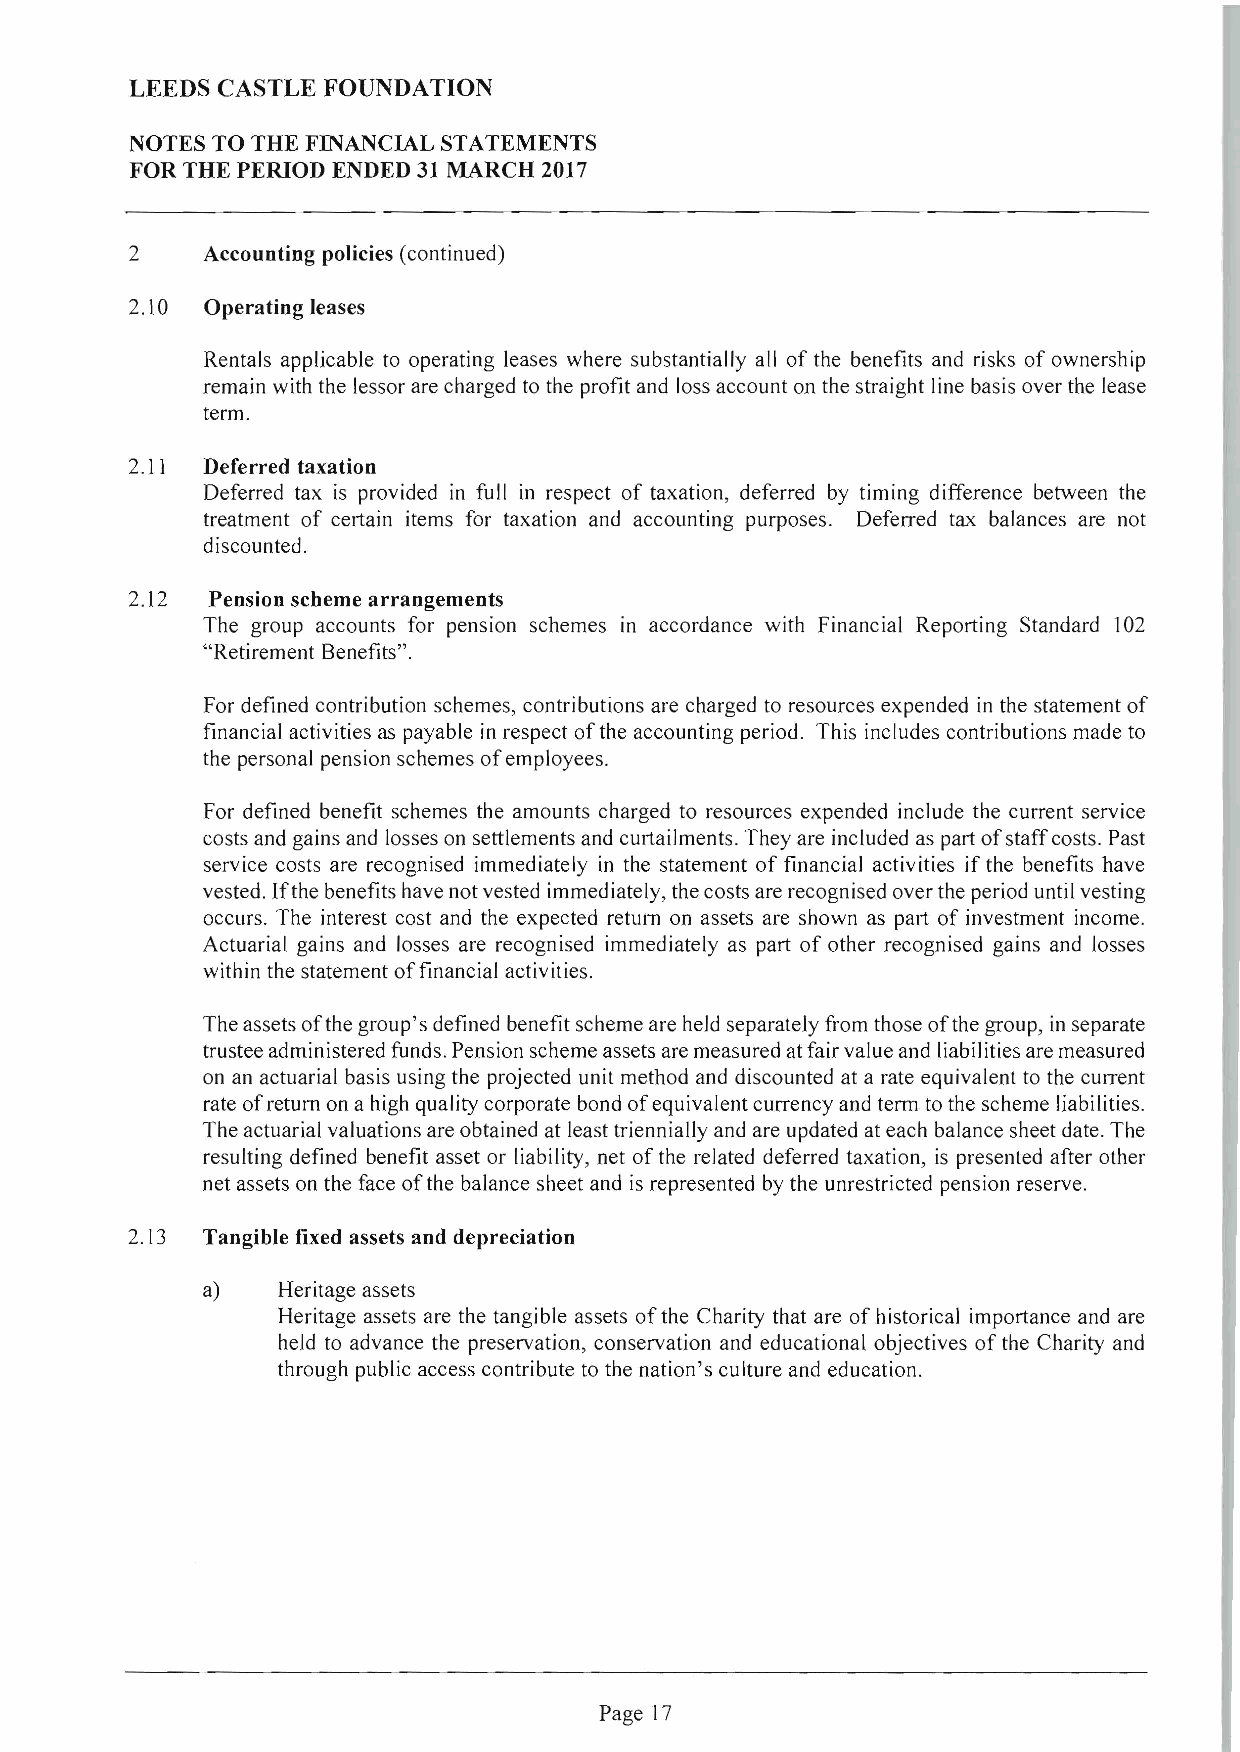
LEEDS CASTLE FOUNDATION
 NOTES TO THE FINANCIAL STATEMENTS
 FOR THE PERIOD ENDED 31 MARCH 2017
 2   Accounting policies (continued)
 2.10 Operating leases
 Rentals applicable to operating leases where substantially all of the benefits and risks of ownership
 remain with the lessor are charged to the profit and loss account on the straight line basis over the lease
 term.
 2.11 Deferred taxation
 Deferred tax is provided in full in respect of taxation, deferred by timing difference between the
 treatment of certain items for taxation and accounting purposes. Deferred tax balances are not
 discounted.
 2.12 Pension scheme arrangements
 The group accounts for pension schemes In accordance with Financial Reporting Standard 102
 "Retirement Benefits".
 For defined contribution schemes, contributions are charged to resources expended in the statement of
 financial activities as payable in respect of the accounting period. This includes contributions made to
 the personal pension schemes of employees.
 For defined benefit schemes the amounts charged to resources expended include the current service
 costs and gains and losses on settlements and curtailments. They are included as part ofstaffcosts.Past
 service costs are recognised immediately in the statement of financial activities if the benefits have
 vested. Ifthe benefits have not vested immediately, the costs are recognised over the period until vesting
 occurs. The interest cost and the expected return on assets are shown as part of investment income.
 Actuarial gains and losses are recognised immediately as part of other recognised gains and losses
 within the statement of financial activities.
 The assets ofthe group's defined benefit scheme are held separately from those of the group, in separate
 trustee administered funds. Pension scheme assets are measured at fair value and liabilities are measured
 on an actuarial basis using the projected unit method and discounted at a rate equivalent to the current
 rate of return on a high quality corporate bond of equivalent currency and term to the scheme liabilities.
 The actuarial valuations are obtained at least triennially and are updated at each balance sheet date. The
 resulting defined benefit asset or liability, net of the related deferred taxation, is presented after other
 net assets on the face of the balance sheet and is represented by the unrestricted pension reserve.
 2.13 Tangible fixed assets and depreciation
 a)   Heritage assets
 Heritage assets are the tangible assets of the Charity that are of historical importance and are
 held to advance the preservation, conservation and educational objectives of the Charity and
 through public access contribute to the nation's culture and education.
 Page 17